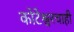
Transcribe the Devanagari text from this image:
कोटेश्वरचाही